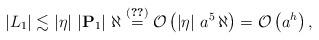
LaTeX: \begin{align*}\left| L_{1} \right| \lesssim \left\vert \eta \right\vert \, \left\vert {\bf{P}}_{1} \right\vert \, \aleph \overset{(\ref{DefP1S})}{=} \mathcal{O}\left( \left\vert \eta \right\vert \, a^{5} \, \aleph \right)=\mathcal{O}\left(a^h\right), \end{align*}